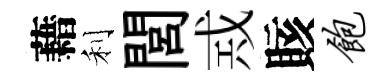
藉利閭𢦶賅饱